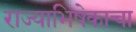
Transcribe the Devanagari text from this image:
राज्याभिषेकाचा